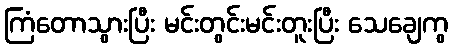
ကြံတောသွားပြီး မင်းတွင်းမင်းတူးပြီး သေချေကွ